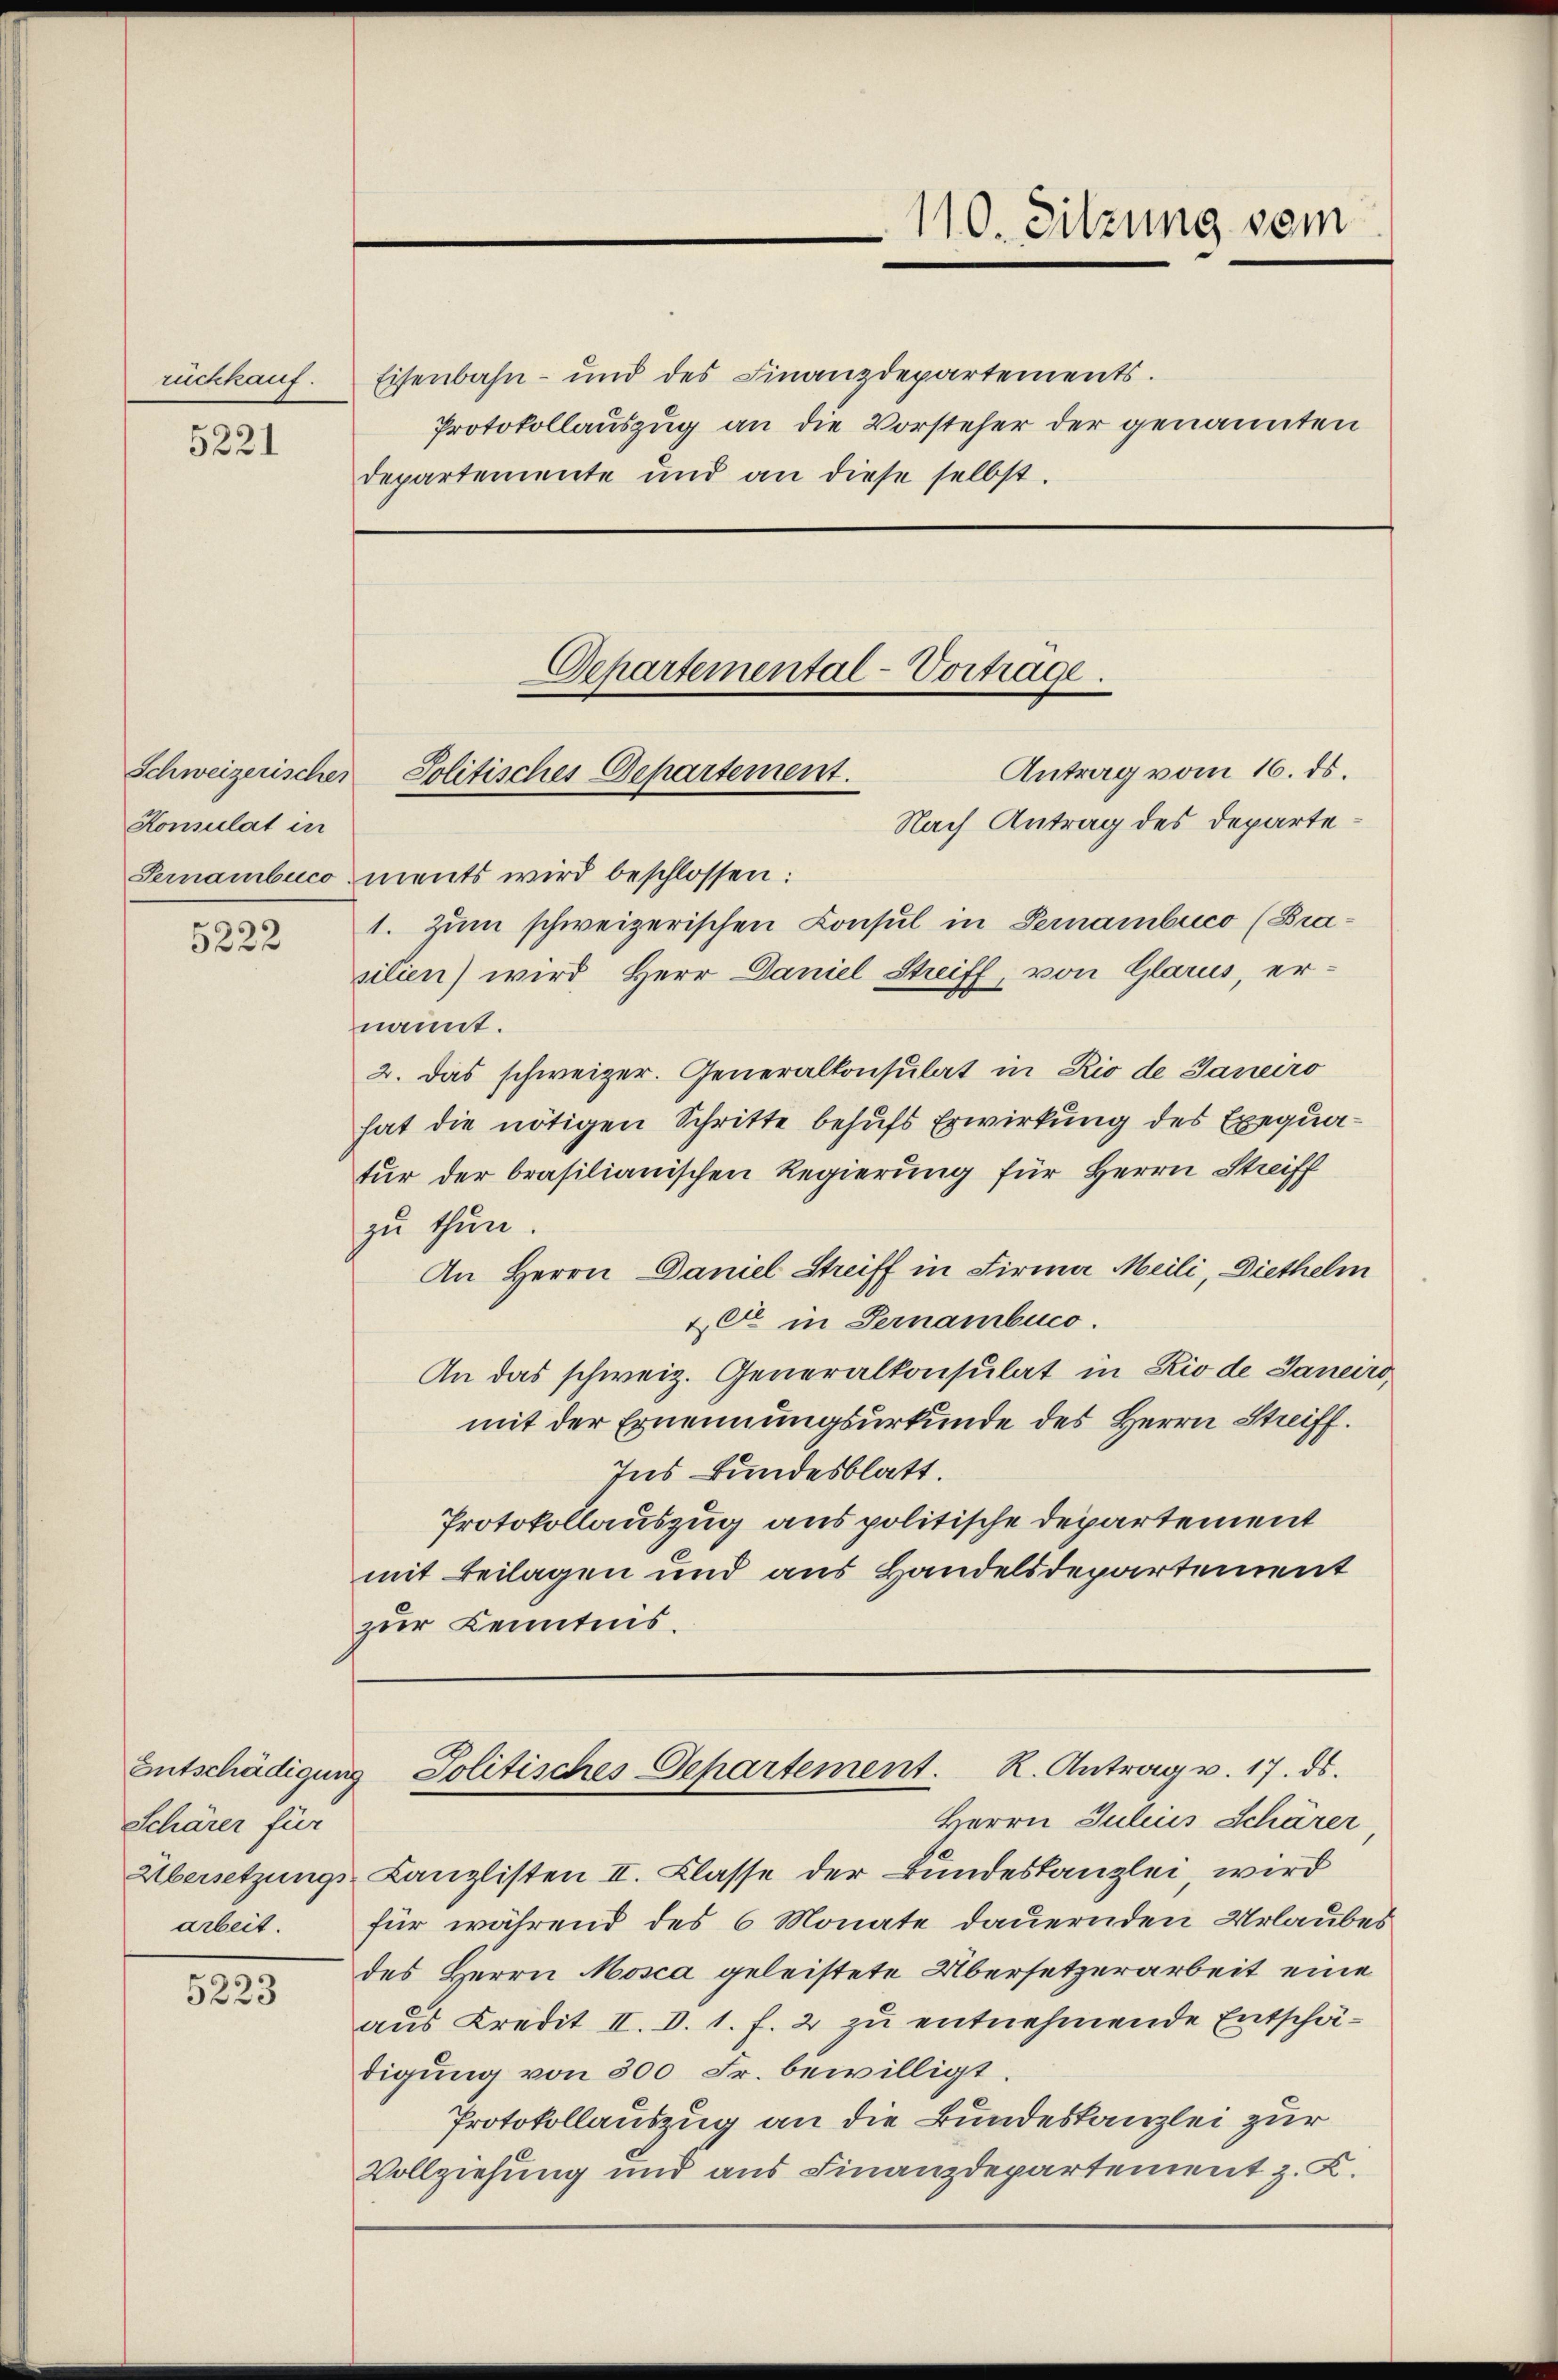
ruchkauf.

5221

Konsulat in

5222

Schärer für
arbeit.

5223

Antrag vom 16. ds.
Nach Antrag des Departe:
Pernambucoments wird beschlossen:
1. Zum schweizerischen Consul in Pernambuco (Brasilien) wird Herr Daniel Streiff, von Glarus, ernannt.
2. Das schweizer. Generalkonsulat in Rio de Janeiro
hat die nötigen Schritte behufs Erwirkung des Exequatur der brasilianischen Regierung für Herrn Streiff
zu thun.
An Herrn Daniel Streiff in Firma Meili, Diethelm
2er in Pernambico.
An das schweiz. Generalkonsulat in Rio de Janeiro,
mit der Ernennungsurkunde des Herrn Streiff.
Ins Bundesblatt.
Protokollauszug aus politische Departement
mit Beilagen und aus Handelsdepartement
zur Kenntnis.

Eisenbahn- und des Finanzdepartements.
departemente und an diese selbst.

Schweizerischer Politisches Departement.

Departemental-Vortrage.

110. Sitzung vom
Protokollauszug an die Vorsteher der genannten

Übersetzungs-Canzlisten II. Klasse der Bundeskanzlei, wird
für während des 6 Monate dauernden Urlaubes
des Herrn Mosca geleistete Übersetzerarbeit eine
aus Kredit II. d. 1. f. 2 zu entnehmende Entschädigung von 300 Fr. bewilligt.
Protokollauszug an die Bundeskanzlei zur
Vollziehung und aus Finanzdepartement z. K.

Entschädigung Politisches Departement. K. Antrag v. 17. ds.
Herrn Julius Schärer